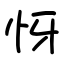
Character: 㤉